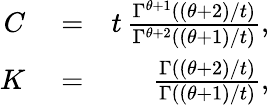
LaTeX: \begin{array}{rlr}{C}&{{}=}&{t\, \frac{\Gamma^{\theta+1}((\theta+2)/t)}{\Gamma^{\theta+2}((\theta+1)/t)},}\\ {K}&{{}=}&{\frac{\Gamma((\theta+2)/t)}{\Gamma((\theta+1)/t)},}\end{array}